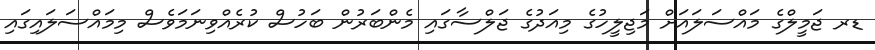
ޑރ ޖަމީލްގެ މައްސަލައަށް މަޖިލީހުގެ މިއަދުގެ ޖަލްސާގައި މެންބަރުން ބަހުސް ކުރެއްވިނަމަވެސް މިމައްސަލައިގައި